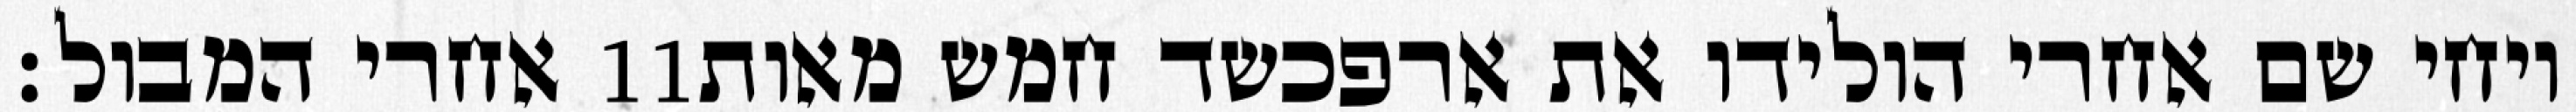
אחרי המבול׃ ‎11‏ ויחי שם אחרי הולידו את ארפכשד חמש מאות